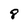
Character: 8